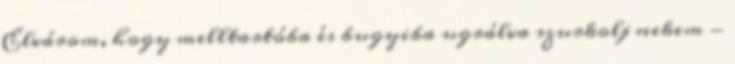
Elvárom, hogy melltartóba és bugyiba ugrálva szurkolj nekem -